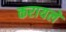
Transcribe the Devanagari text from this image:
करायले